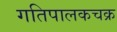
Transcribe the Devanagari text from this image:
गतिपालकचक्र